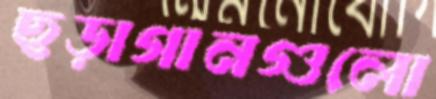
ছড়াগানগুলো